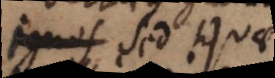
. Sed quae